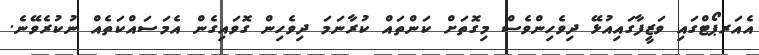
އެއަރޕޯޓްގައި ވަޒީފާގައިއުޅޭ ދިވެހިންވެސް މިގޮތަށް ކަންތައް ކުރާނަމަ ދިވެހިން ގޮވައިގެން އެމަސައްކަތެއް ނުކުރެވޭނެ.